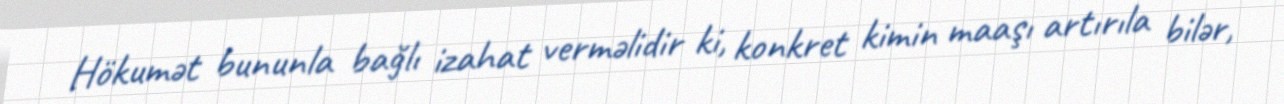
Hökumət bununla bağlı izahat verməlidir ki, konkret kimin maaşı artırıla bilər,